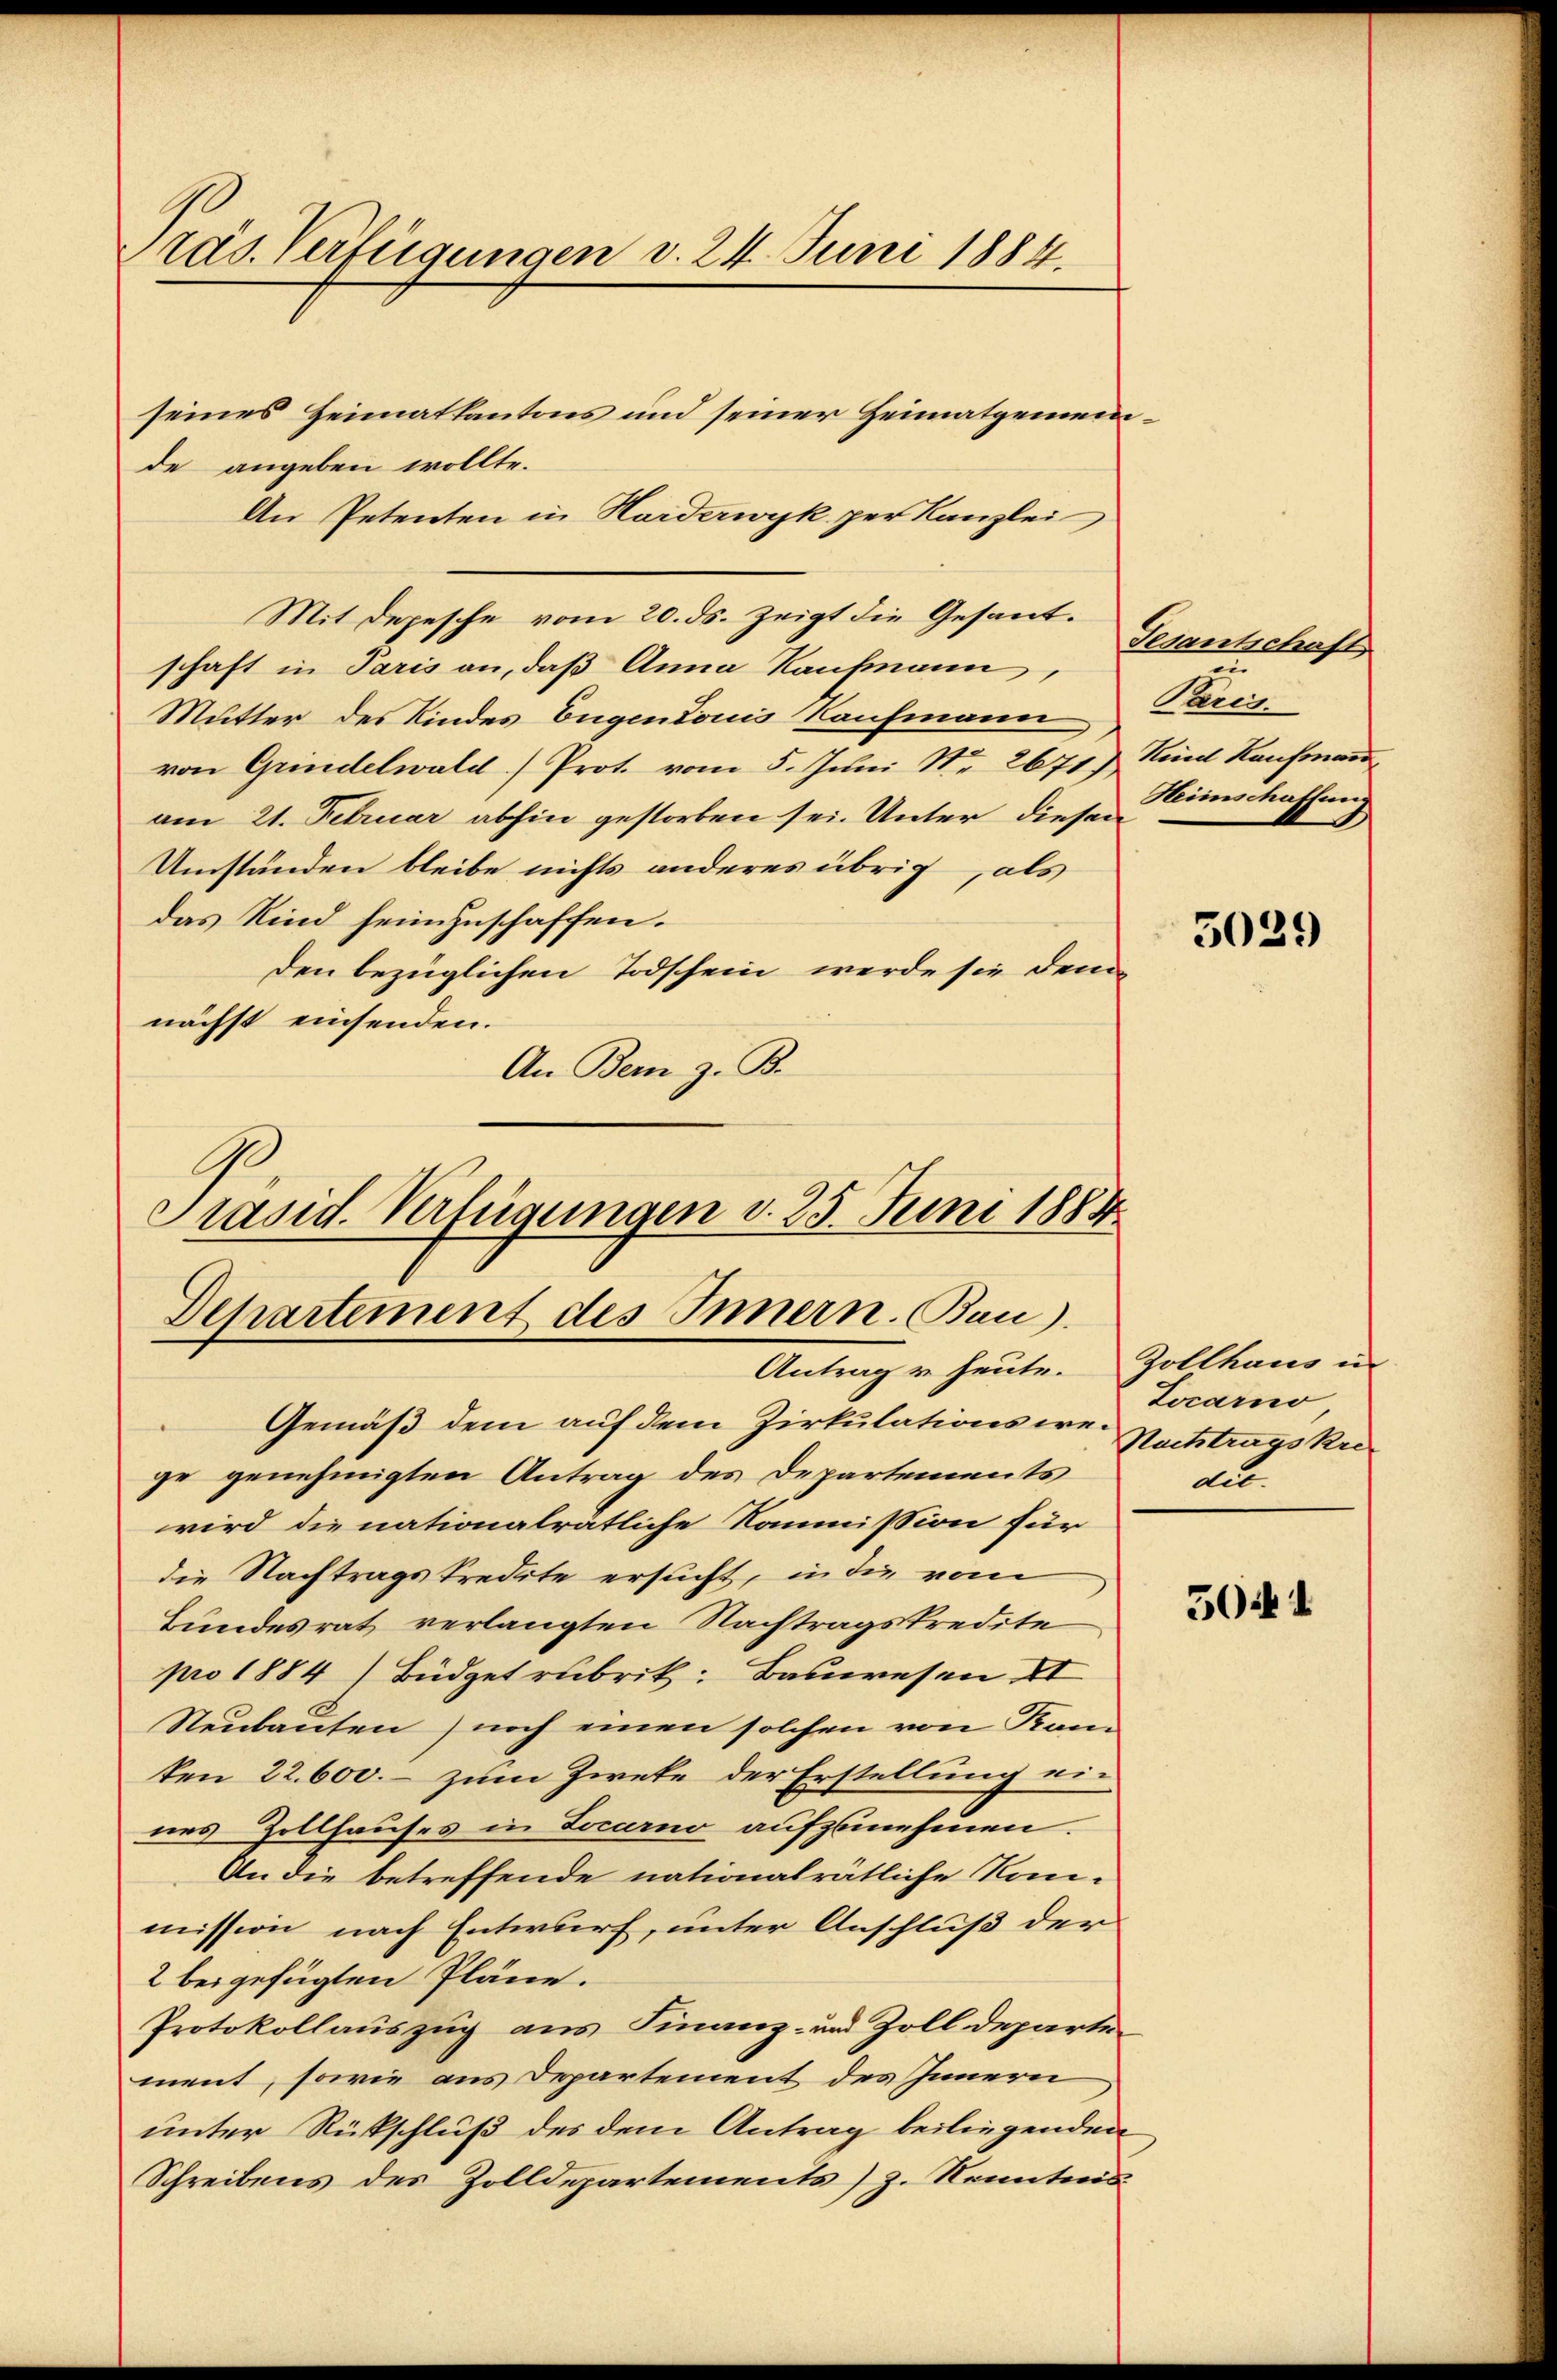
räs. Verfügungen d. 24. Juni 1884.

seines Heimatkantons und seiner Heimatgemeinde angeben wollte.
An Petenten in Harderwyk per Kanzlei
Mit Depesche vom 20. ds. zeigt die Gesandschaft in Paris an, daß Anna Kaufmann,
Mutter des Kindes Eugendonis Kaufmann
von Grundelwald) Prot. vom 5. Juni Nr. 2671) Kind Kaufman
am 21. Februar abhin gestorben sei. Unter dieser Kirschaffung
Umständen bleibe nichts anderes übrig, als
das Kind sein Zuschaffen.
den bezüglichen Todschein werde sie dem
nächst einsenden.
An Bern z. B.
G.

Präsid. Verfügungen d. 25. Juni 1884
Departement des Innern. Bau).
Antrag u. heute. Zollhaus in

Sevantschaft
e
Paris.

Gemäß dem auf dem Zirkulationsere Nachtragskrege genehmigten Antrag des Departements
wird die nationalrätliche Kommission für
die Nachtragskredite ersucht, in die vom
Bundesrat verlangten Nachtragskredite
pro 1884) Büdgetrubrik: Bauwesen II
Neubauten) noch einen solchen von Kam
ten 22. 600. - zum Zweke der Erstellung ein
nes Zollhauses in Locarno aufzunehmen.
An die betreffende nationalrätliche Konmission nach Entwurf, unter Anschluß der
2 beigefügten Pläne.
Protokollauszug aus Finanz- und Zolldeparten
ment, sowie aus Departement des Innern
unter Rückschluß des dem Antrag beiliegenden
Schreibens des Zolldepartements) z. Kenntens

5039

Locarno
Au

5044